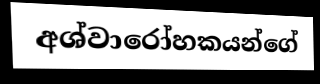
අශ්වාරෝහකයන්ගේ